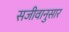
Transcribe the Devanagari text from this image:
सजीवानुसार